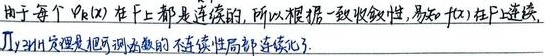
由于每个 \(\varphi_{k}(x)\) 在 \(F\) 上都是连续的，所以根据一致收敛性，易知 \(f(x)\) 在 \(F\) 上连续，即Урысон定理是把可测函数的不连续性局部连续化了.